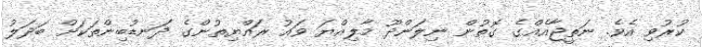
ކުރުވި އެވެ. ނަތީޖާއެއްގެ ގޮތުން ނިލަންދޫ މާލިއްޔަ ވައު ރައްޔިތުންގެ ދަނޑުބިންތަކަށް ބަދަލު